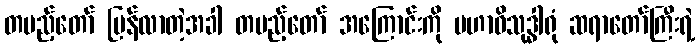
တပည့်တော် ပြန်လာတဲ့အခါ တပည့်တော် အကြောင်းကို မဟာဝိသုဒ္ဓါရုံ ဆရာတော်ကြီးရဲ့